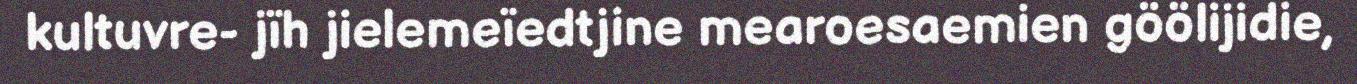
kultuvre- jïh jielemeïedtjine mearoesaemien göölijidie,